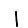
Digit: 1